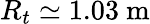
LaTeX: R_{t}\simeq 1.03~\mathrm{m}